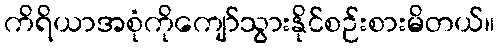
ကိရိယာအစုံကိုကျော်သွားနိုင်စဉ်းစားမိတယ်။